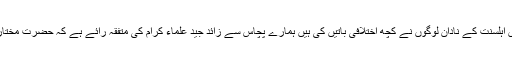
انہوں نے کہا کہ حضرت مختار ؒ کے بارے میں اہلسنت کے نادان لوگوں نے کچھ اختلافی باتیں کی ہیں ہمارے پچاس سے زائد جید علماء کرام کی متفقہ رائے ہے کہ حضرت مختار ؒکے خلاف پروپیگنڈہ بنی امیہ کی سازش تھی۔